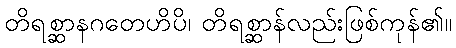
တိရစ္ဆာနဂတေဟိပိ၊ တိရစ္ဆာန်လည်းဖြစ်ကုန်၏။